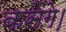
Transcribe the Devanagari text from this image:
कसेंगे।